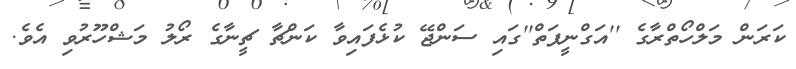
ކަރަން މަލްހޯތްރާގެ ''އަގްނީޕަތް''ގައި ސަންޖޭ ކުޅެފައިވާ ކަންޗާ ޗީނާގެ ރޯލު މަޝްހޫރުވި އެވެ.